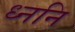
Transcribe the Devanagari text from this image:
ध्ननि